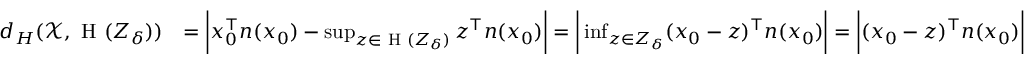
\begin{array} { r l } { d _ { H } ( \mathcal { X } , \textrm { H } ( Z _ { \delta } ) ) } & { = \bigg | x _ { 0 } ^ { \top } n ( x _ { 0 } ) - \operatorname* { s u p } _ { z \in \textrm { H } ( Z _ { \delta } ) } z ^ { \top } n ( x _ { 0 } ) \bigg | = \bigg | \operatorname* { i n f } _ { z \in Z _ { \delta } } ( x _ { 0 } - z ) ^ { \top } n ( x _ { 0 } ) \bigg | = \bigg | ( x _ { 0 } - z ) ^ { \top } n ( x _ { 0 } ) \bigg | } \end{array}